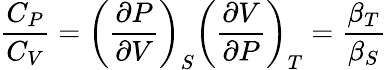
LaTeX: {\frac{C_{P}}{C_{V}}}=\left({\frac{\partial P}{\partial V}}\right)_{S}\left({\frac{\partial V}{\partial P}}\right)_{T}={\frac{\beta_{T}}{\beta_{S}}}